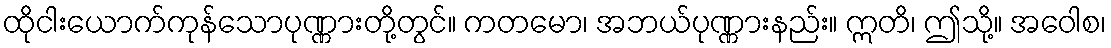
ထိုငါးယောက်ကုန်သောပုဏ္ဏားတို့တွင်။ ကတမော၊ အဘယ်ပုဏ္ဏားနည်း။ ဣတိ၊ ဤသို့။ အဝေါစ၊